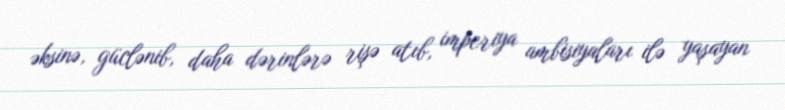
əksinə, güclənib, daha dərinlərə rişə atıb, imperiya ambisiyaları ilə yaşayan